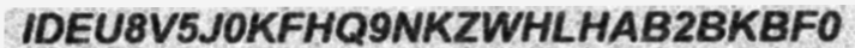
IDEU8V5J0KFHQ9NKZWHLHAB2BKBF0